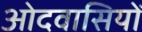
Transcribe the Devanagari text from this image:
ओदवासियों